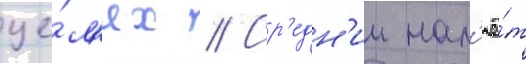
це́л'ях // Ср'едн'ии нал'ё́т